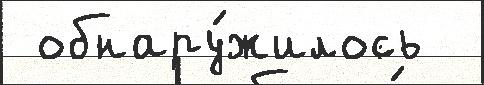
 обнару́жилось